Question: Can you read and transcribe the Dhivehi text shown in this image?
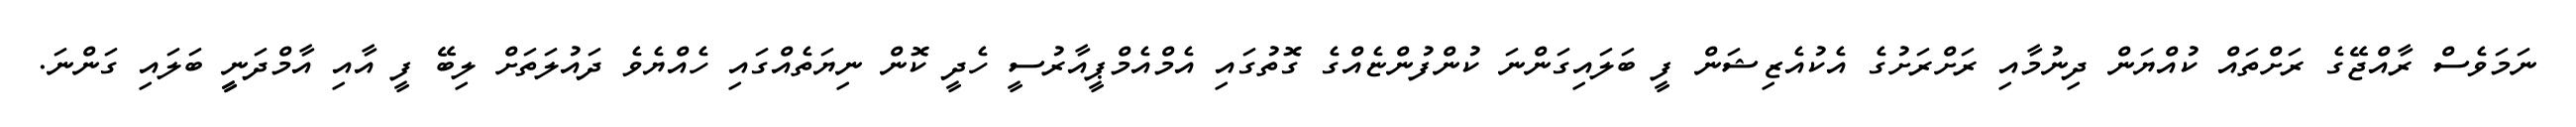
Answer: ނަމަވެސް ރާއްޖޭގެ ރަށްތައް ކުއްޔަން ދިނުމާއި ރަށްރަށުގެ އެކުއެޒިޝަން ފީ ބަލައިގަންނަ ކުންފުންޏެއްގެ ގޮތުގައި އެމްއެމްޕީއާރުސީ ހެދީ ކޮން ނިޔަތެއްގައި ހެއްޔެވެ ދައުލަތަށް ލިބޭ ފީ އާއި އާމްދަނީީ ބަލައި ގަންނަ.